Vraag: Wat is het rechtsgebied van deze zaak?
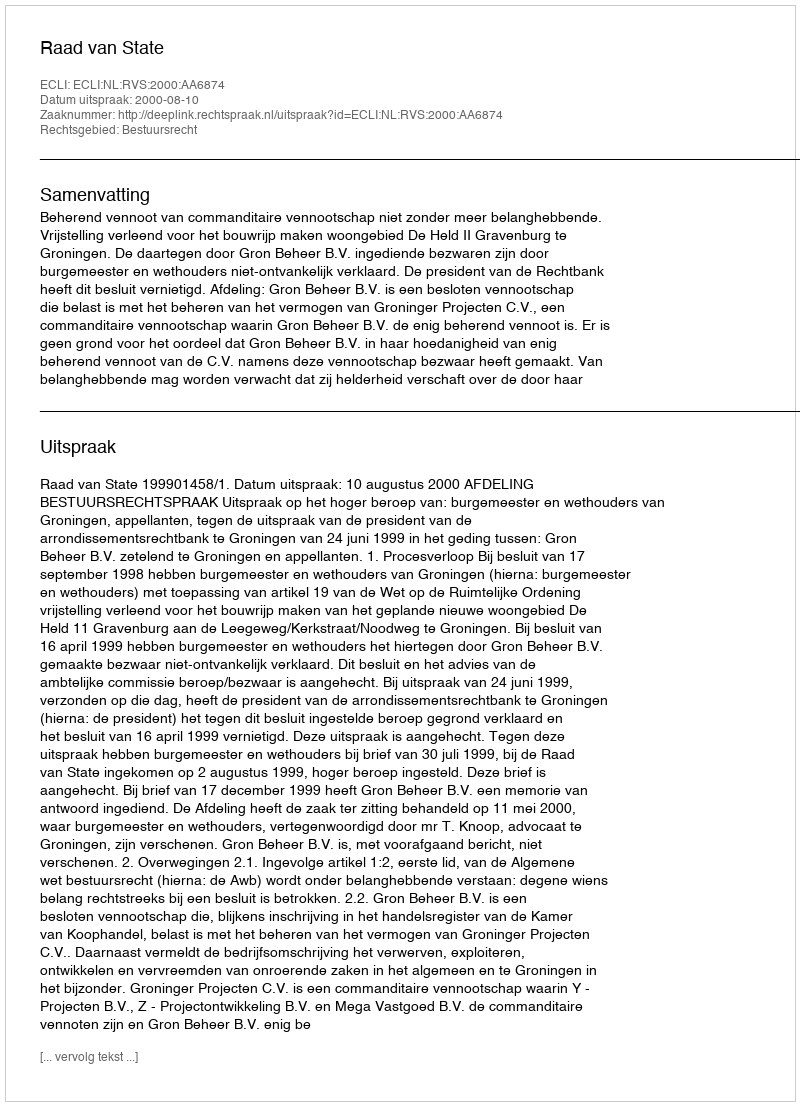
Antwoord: Bestuursrecht